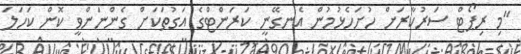
"މި ރިޕޯޓް ސަރުކާރަށް ހުށަހެޅުމުން އެނގޭނީ ކަރަންޓްގެ އަގުތަކަށް ގެންނަންވީ ކޮން ކަހަލަ